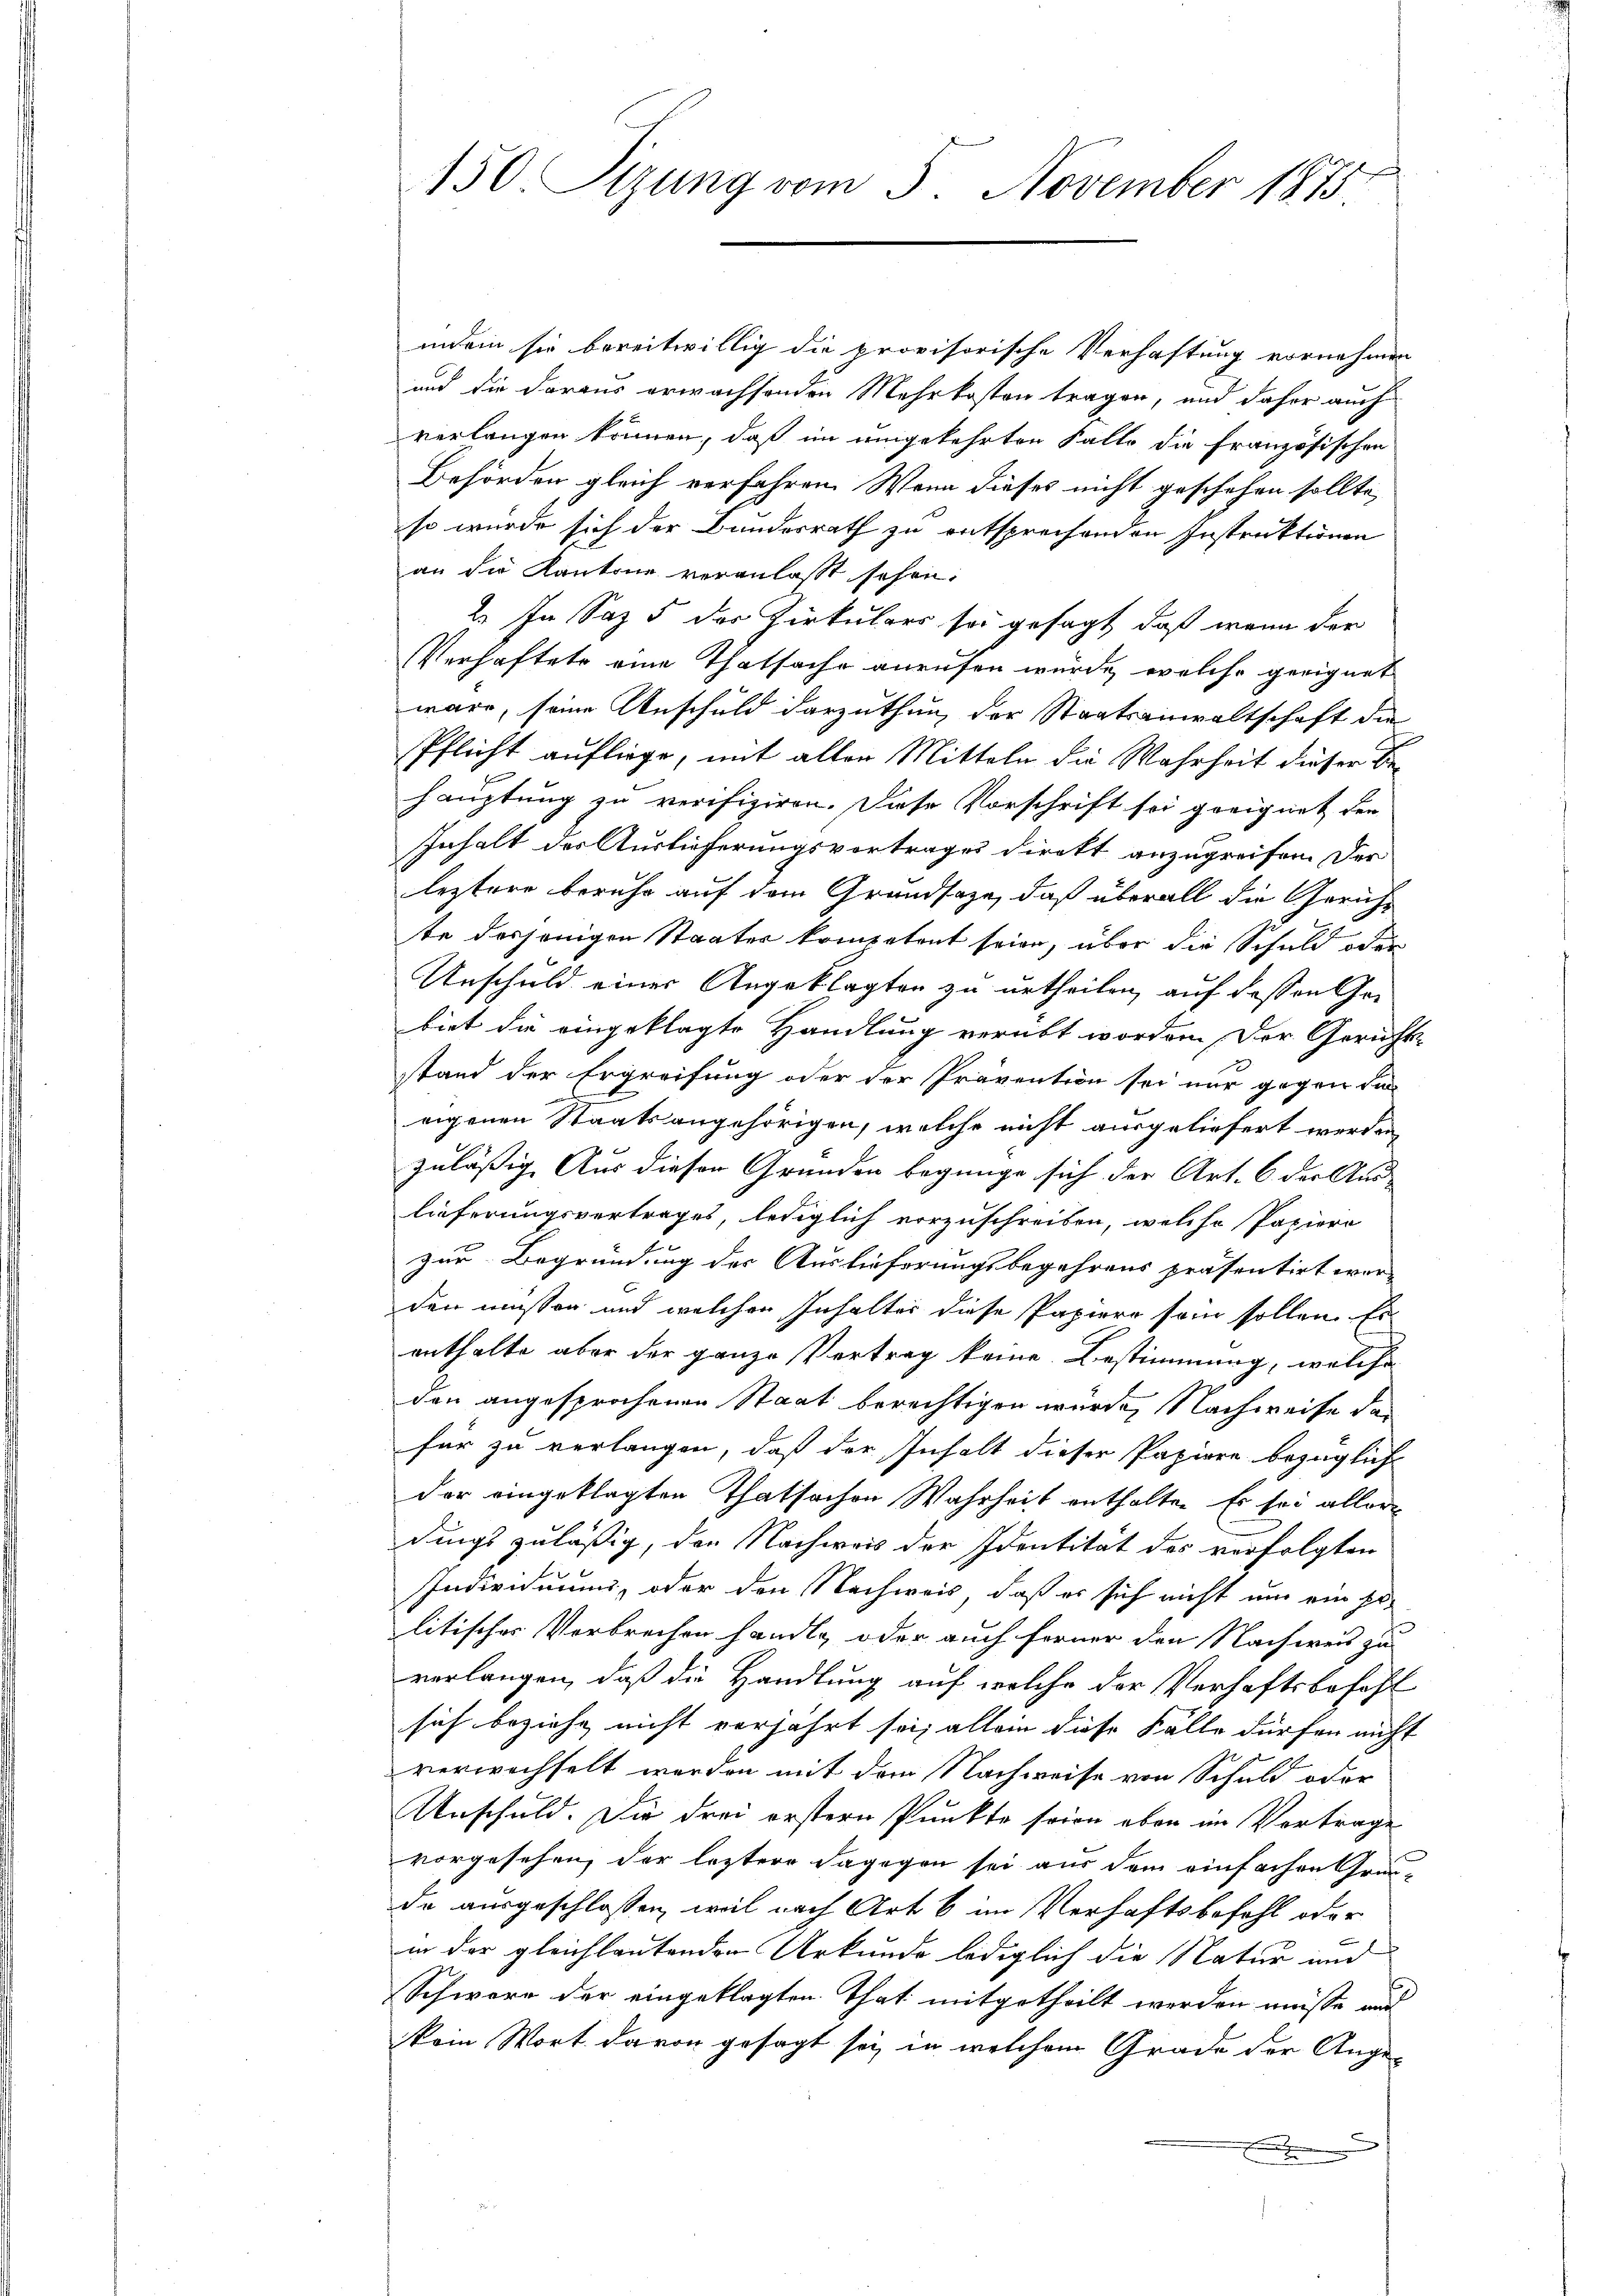
150. Sizung vom 5. November 1875

indem sie bereitwillig die provisorische Verhaftung vornehmen
und die daraus erwachsenden Mehrkosten tragen, und daher auch
verlangen können, daß im umgekehrten Falle die französischen
Behörden gleich verfahren. Wenn dieses nicht geschehen sollte,
so wurde sich der Bundesrath zu entsprechenden Instruktionen
an die Kantone veranlasst sehen.
2. In Saz 5 der Zirkulars sei gesagt, daß wenn der
Verhaftete eine Thatsache anrufen würde, welche geeignet
wäre, seine Anschuld darzuthun, der Staatsanwaltschaft die
Pflicht aufliege, mit allen Mitteln die Wahrheit dieser Behauptung zu verifiziren. Diese Vorschrift sei geeignet den
Inhalt der Auslieferungsvortrages direkt anzugreifen. Der
leztere beruhe auf dem Grundsatze, daß überall die Gerichte desjenigen Staates kompetent seien, über die Schuld oder
Unschuld einer Angeklagten zu urtheilen, auf dessen Gebiet die eingeklagte Handlung verübt worden. Der Gericht
stand der Ergreifung oder der Prävention sei nur gegen da
eigenen Staatsangehörigen, welche nicht ausgeliefert werden,
zuläßig Aus dieser Grunden begnüge sich der Art. 6 der Auslieferungsvertrages, lediglich vorzuschreiben, welche Papiero
zur Begründung der Auslieferungsbegehrens präsentirt wor-
den müßen und welchen Inhalter diese Papiere sein sollen. Es
enthalte aber der ganze Vertrag keine Bestimmung, welche
den angesprochenen Staat berechtigen wurde, Nachweise das
für zu verlangen, daß der Inhalt dieser Papiere bezüglich
der eingeklagten Thatsachen Wahrheit enthalten Er sei allerdings zuläßig, der Nachweis der Identität des verfolgten
Individuums, oder den Nachweis, daß er sich nicht um ein pr
litischer Verbrechen handle, oder auch ferner den Nachweis zu
verlangen, daß die Handlung auf welche der Verhaftsbefehl
sich beziehe nicht verjährt sei; allein diese Fälle dürfen nicht
verwachselt werden mit dem Nachweise von Schuld oder
Anschuld. Die drei erstern Punkte seien oben im Vortrage
vorgesehen, der letztere dagegen sei aus dem einfachen Grün-
de ausgeschlossen, weil nach Art 6 im Verhaftsbefehl oder
e
in der gleichlautenden Urkunde lediglich die Natur und
Schwere der eingeklagten That mitgetheilt werden müsse und
kein Wort davon gesagt sei, in welchem Grade der Ange¬